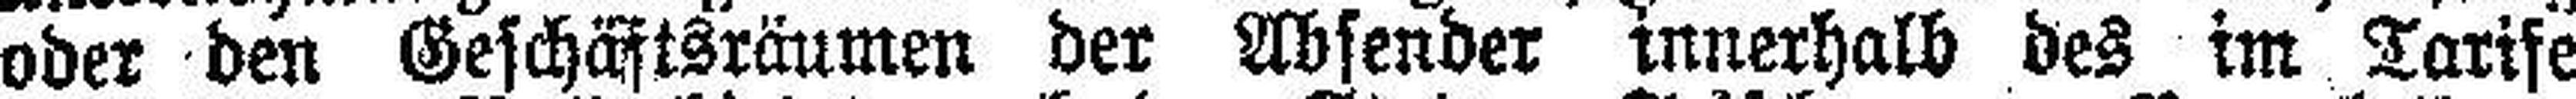
oder den Geschäftsräumen der Absender innerhalb des im Tarife